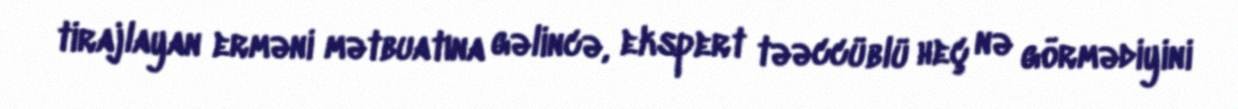
tirajlayan erməni mətbuatına gəlincə, ekspert təəccüblü heç nə görmədiyini